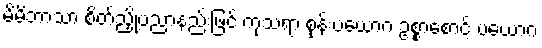
မိမိဘာသာ စိတ်ညှို့ပညာနည်းဖြင့် ကုသရာ စုန်းပယောဂ ဥစ္စာစောင့် ပယောဂ